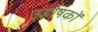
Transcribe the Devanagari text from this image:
उद्धोषकों